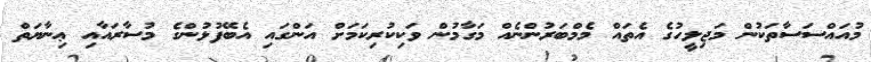
މުއައްސަސާތަކުން މަޖިލީހުގެ އެތައް މެމްބަރުންނެއް މަގާމުން ވަކިކުރިކަމަށް އަންގައި އެބޭފުޅުންގެ މުސާރައާއި ޢިނާޔަތް